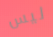
ليس